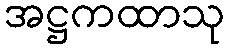
အဋ္ဌကထာသု